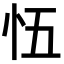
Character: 𭜐